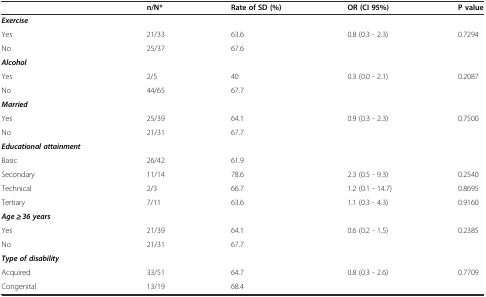
|  | n/N* | Rate of SD (%) | OR (CI 95%) | P value |
 | --- | --- | --- | --- | --- |
 | Exercise |  |  |  |  |
 | Yes | 21/33 | 63.6 | 0.8 (0.3 - 2.3) | 0.7294 |
 | No | 25/37 | 67.6 |  |  |
 | Alcohol |  |  |  |  |
 | Yes | 2/5 | 40 | 0.3 (0.0 - 2.1) | 0.2087 |
 | No | 44/65 | 67.7 |  |  |
 | Married |  |  |  |  |
 | Yes | 25/39 | 64.1 | 0.9 (0.3 - 2.3) | 0.7500 |
 | No | 21/31 | 67.7 |  |  |
 | Educational attainment |  |  |  |  |
 | Basic | 26/42 | 61.9 |  |  |
 | Secondary | 11/14 | 78.6 | 2.3 (0.5 - 9.3) | 0.2540 |
 | Technical | 2/3 | 66.7 | 1.2 (0.1 - 14.7) | 0.8695 |
 | Tertiary | 7/11 | 63.6 | 1.1 (0.3 - 4.3) | 0.9160 |
 | Age ≥ 36 years |  |  |  |  |
 | Yes | 21/39 | 64.1 | 0.6 (0.2 - 1.5) | 0.2385 |
 | No | 21/31 | 67.7 |  |  |
 | Type of disability |  |  |  |  |
 | Acquired | 33/51 | 64.7 | 0.8 (0.3 - 2.6) | 0.7709 |
 | Congenital | 13/19 | 68.4 |  |  |